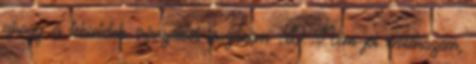
ahogy a tekintetek irányából leszűröm :D Nem jól emlékszem,